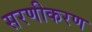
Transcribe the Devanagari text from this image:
सरणीकरण